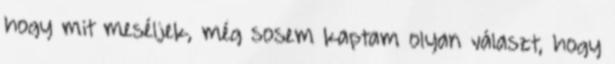
hogy mit meséljek, még sosem kaptam olyan választ, hogy